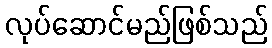
လုပ်ဆောင်မည်ဖြစ်သည်